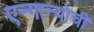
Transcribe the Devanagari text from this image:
एन्गान्योची